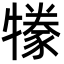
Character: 㹖